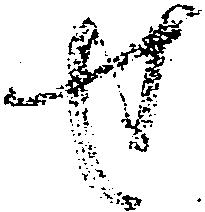
せ